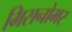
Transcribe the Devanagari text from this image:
मिसनोमर